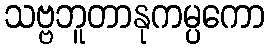
သဗ္ဗဘူတာနုကမ္ပကော